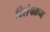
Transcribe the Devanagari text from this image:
विशेषक्रम